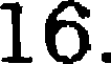
16.